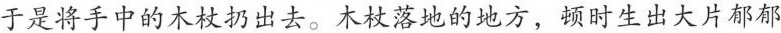
于是将手中的木杖扔出去。木杖落地的地方，顿时生出大片郁郁